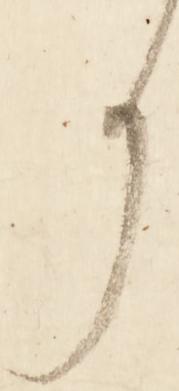
り